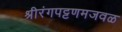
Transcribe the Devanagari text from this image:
श्रीरंगपट्टणमजवळ